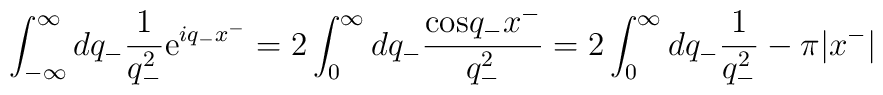
\int_{-\infty}^{\infty}dq_-\frac{1}{q_-^2}{\rm e}^{iq_-x^-}=2\int_0^{\infty}dq_-\frac{{\rm cos}q_-x^-}{q_-^2}=2\int_0^{\infty}dq_-\frac{1}{q_-^2}-{\pi}|x^-|